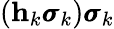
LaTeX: (\mathbf h_{k}\pmb{\sigma}_{k})\pmb{\sigma}_{k}